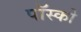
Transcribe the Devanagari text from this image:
पॉस्को